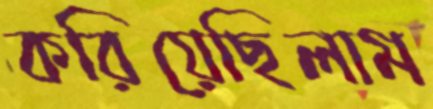
করিয়েছিলাম